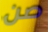
صن